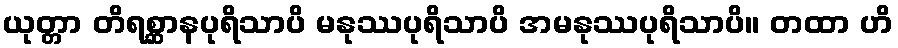
ယုတ္တာ တိရစ္ဆာနပုရိသာပိ မနုဿပုရိသာပိ အမနုဿပုရိသာပိ။ တထာ ဟိ